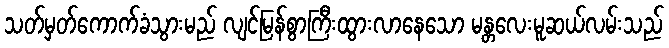
သတ်မှတ်ကောက်ခံသွားမည် လျင်မြန်စွာကြီးထွားလာနေသော မန္တလေးမူဆယ်လမ်းသည်